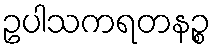
ဥပါသကရတနဉ္စ